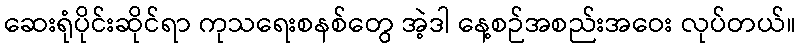
ဆေးရုံပိုင်းဆိုင်ရာ ကုသရေးစနစ်တွေ အဲ့ဒါ နေ့စဉ်အစည်းအဝေး လုပ်တယ်။